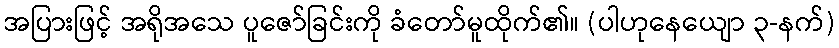
အပြားဖြင့် အရိုအသေ ပူဇော်ခြင်းကို ခံတော်မူထိုက်၏။ (ပါဟုနေယျော ၃-နက်)